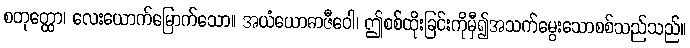
စတုတ္ထော၊ လေးယောက်မြောက်သော။ အယံယောဓာဇီဝေါ၊ ဤစစ်ထိုးခြင်းကိုမှီ၍အသက်မွေးသောစစ်သည်သည်။